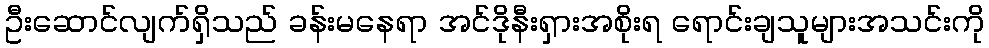
ဦးဆောင်လျက်ရှိသည် ခန်းမနေရာ အင်ဒိုနီးရှားအစိုးရ ရောင်းချသူများအသင်းကို